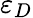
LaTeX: \varepsilon_{D}